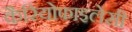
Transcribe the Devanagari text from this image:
कैरियोफाइलेसी